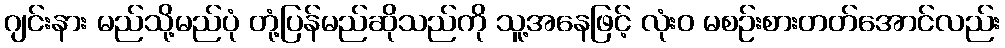
ဂျင်းနား မည်သို့မည်ပုံ တုံ့ပြန်မည်ဆိုသည်ကို သူ့အနေဖြင့် လုံးဝ မစဉ်းစားတတ်အောင်လည်း